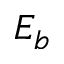
E _ { b }